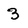
Character: 3